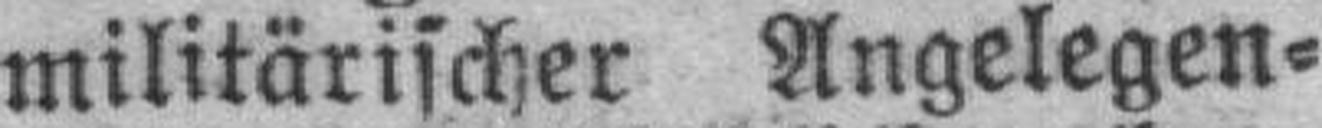
militärischer Angelegen¬